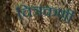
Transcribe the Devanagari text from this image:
चित्रकर्णी